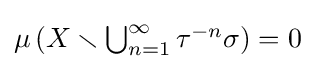
{\textstyle \mu \left(X\smallsetminus \bigcup _{n=1}^{\infty }\tau ^{-n}\sigma \right)=0}